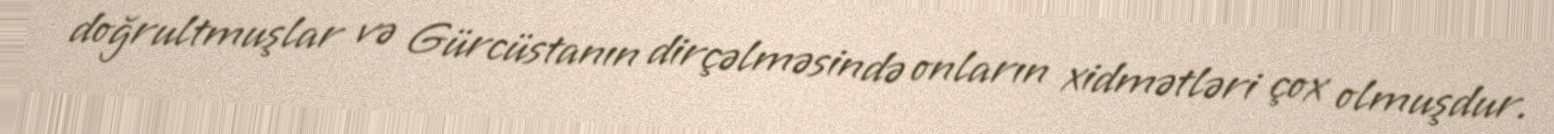
doğrultmuşlar və Gürcüstanın dirçəlməsində onların xidmətləri çox olmuşdur.